Civil Veterinary Department Bengal reports 1933-51 - 1933-1951
Year: 1933
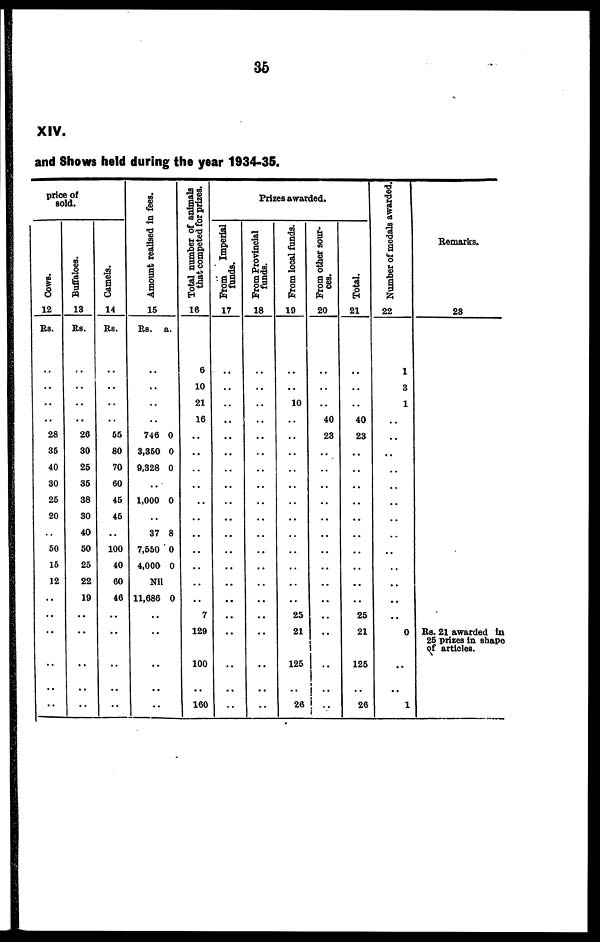
36
XIV.
and Shows held during the year 1934-35.
price of
sold.
Cows.
12
Rs.
..
..
..
..
28
35
40
30
25
20
..
50
15
12
..
..
..
..
..
Buffaloes.
13
Rs.
..
..
..
..
26
30
25
35
38
30
40
50
25
22
19
..
..
..
..
Camels.
14
Rs.
..
..
..
..
55
80
70
60
45
45
..
100
40
60
46
..
..
..
..
Amount realised In fees.
15
Rs. a.
..
..
..
..
746 0
3,350 0
9,328 0
..
1,000 0
..
37 8
7,550 0
4,000 0
Nil
11,686 0
..
..
..
..
Total number of animals
that competed for prizes.
16
6
10
21
16
..
..
..
..
..
..
..
..
..
..
..
7
129
100
160
Prizes awarded.
From
Imperial
funds.
17
..
..
..
..
..
..
..
..
..
..
..
..
..
..
..
..
..
..
..
From Provincial
funds.
18
..
..
..
..
..
..
..
..
..
..
..
..
..
..
..
..
..
..
..
From local funds.
19
..
..
10
..
..
..
..
..
..
..
..
..
..
..
..
25
21
125
26
From other sour-
ces.
20
..
..
..
40
23
..
..
..
..
..
..
..
..
..
..
..
..
..
.. ..
Total.
21
..
..
..
40
23
..
..
..
..
..
..
..
..
..
..
26
21
125
26
Number of medals awarded.
22
1
3
1
..
..
..
..
..
..
..
..
..
..
..
..
..
0
..
1
Remarks.
28
Rs. 21 awarded in
25 prizes in shape
of articles.